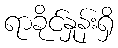
ရာခိုင်နှုန်းရှိ